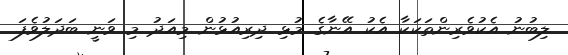
ލިބުނު އެކުވެރިންތަކަކާ އެކު އޭނާގެ މުޅި ދިރިއުޅުން މިއަދު މި ވަނީ ބަދަލުވެފަ